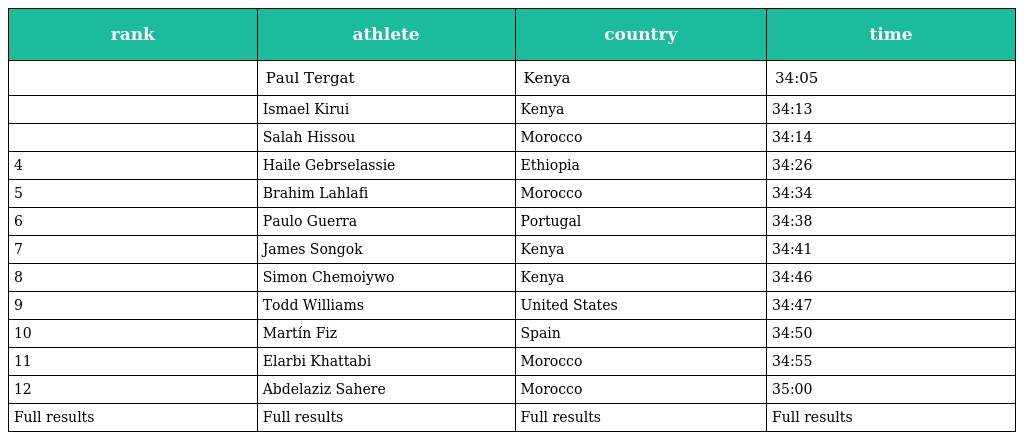
| rank | athlete | country | time |
 | --- | --- | --- | --- |
 |  | Paul Tergat | Kenya | 34:05 |
 |  | Ismael Kirui | Kenya | 34:13 |
 |  | Salah Hissou | Morocco | 34:14 |
 | 4 | Haile Gebrselassie | Ethiopia | 34:26 |
 | 5 | Brahim Lahlafi | Morocco | 34:34 |
 | 6 | Paulo Guerra | Portugal | 34:38 |
 | 7 | James Songok | Kenya | 34:41 |
 | 8 | Simon Chemoiywo | Kenya | 34:46 |
 | 9 | Todd Williams | United States | 34:47 |
 | 10 | Martín Fiz | Spain | 34:50 |
 | 11 | Elarbi Khattabi | Morocco | 34:55 |
 | 12 | Abdelaziz Sahere | Morocco | 35:00 |
 | Full results | Full results | Full results | Full results |